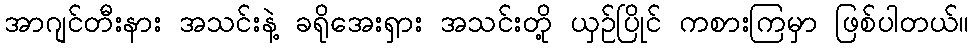
အာဂျင်တီးနား အသင်းနဲ့ ခရိုအေးရှား အသင်းတို့ ယှဉ်ပြိုင် ကစားကြမှာ ဖြစ်ပါတယ်။